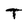
Character: T